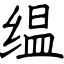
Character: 缊